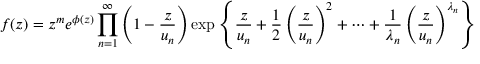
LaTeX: f ( z ) = z ^ { m } e ^ { \phi ( z ) } \prod _ { n = 1 } ^ { \infty } \left( 1 - { \frac { z } { u _ { n } } } \right) \exp \left\lbrace { \frac { z } { u _ { n } } } + { \frac { 1 } { 2 } } \left( { \frac { z } { u _ { n } } } \right) ^ { 2 } + \cdots + { \frac { 1 } { \lambda _ { n } } } \left( { \frac { z } { u _ { n } } } \right) ^ { \lambda _ { n } } \right\rbrace